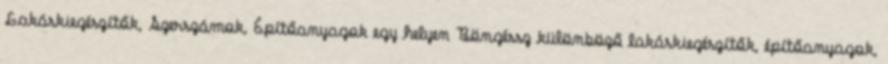
Lakáskiegészítők, Szerszámok, Építőanyagok egy helyen Böngéssz különböző lakáskiegészítők, építőanyagok,